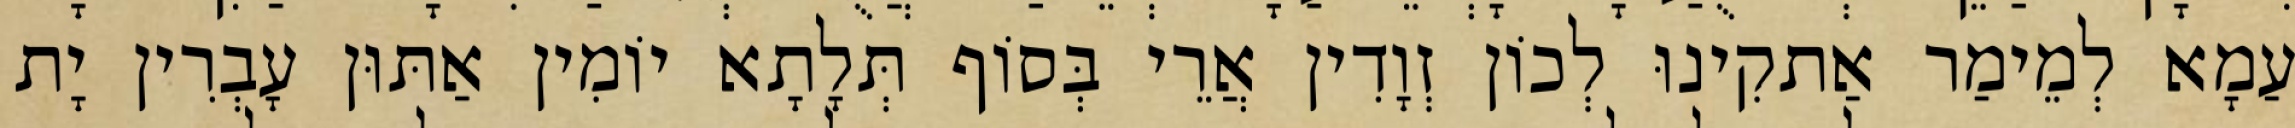
עַמָא לְמֵימַר אַתקִינוּ לְכוֹן זְוָדִין אֲרֵי בְּסוֹף תְּלָתָא יוֹמִין אַתּוּן עָבְרִין יָת